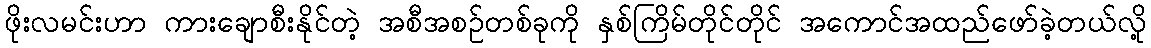
ဖိုးလမင်းဟာ ကားချောစီးနိုင်တဲ့ အစီအစဉ်တစ်ခုကို နှစ်ကြိမ်တိုင်တိုင် အကောင်အထည်ဖော်ခဲ့တယ်လို့